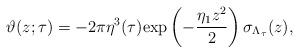
LaTeX: \begin{align*}\vartheta(z;\tau)=-2\pi\eta^3(\tau)\mathrm{exp}\left(-\frac{\eta_1z^2}{2}\right)\sigma_{\Lambda_\tau}(z),\end{align*}